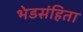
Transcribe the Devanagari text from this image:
भेडसंहिता